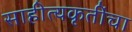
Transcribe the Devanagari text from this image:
साहीत्यकृतींचा